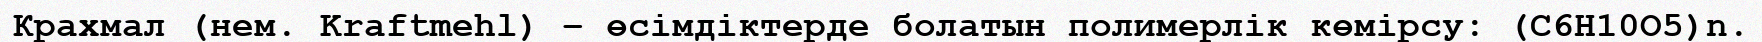
Крахмал (нем. Kraftmehl) – өсімдіктерде болатын полимерлік көмірсу: (С6H10O5)n.